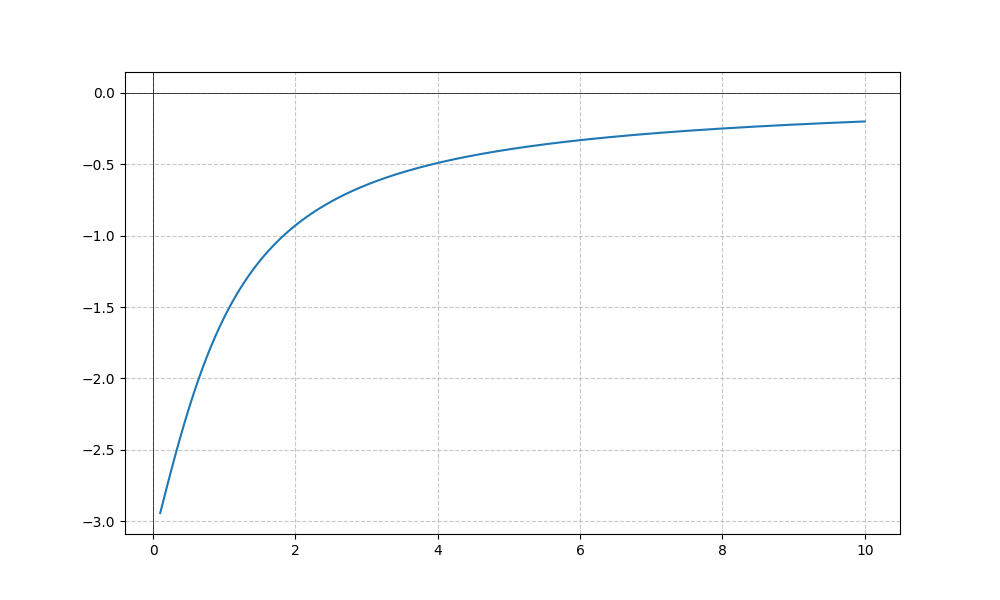
LaTeX formula: - 2 \operatorname{acot}{\left(x \right)}